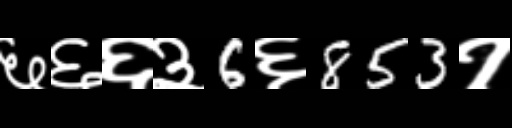
Text: ६६६३6६853१